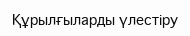
Құрылғыларды үлестіру